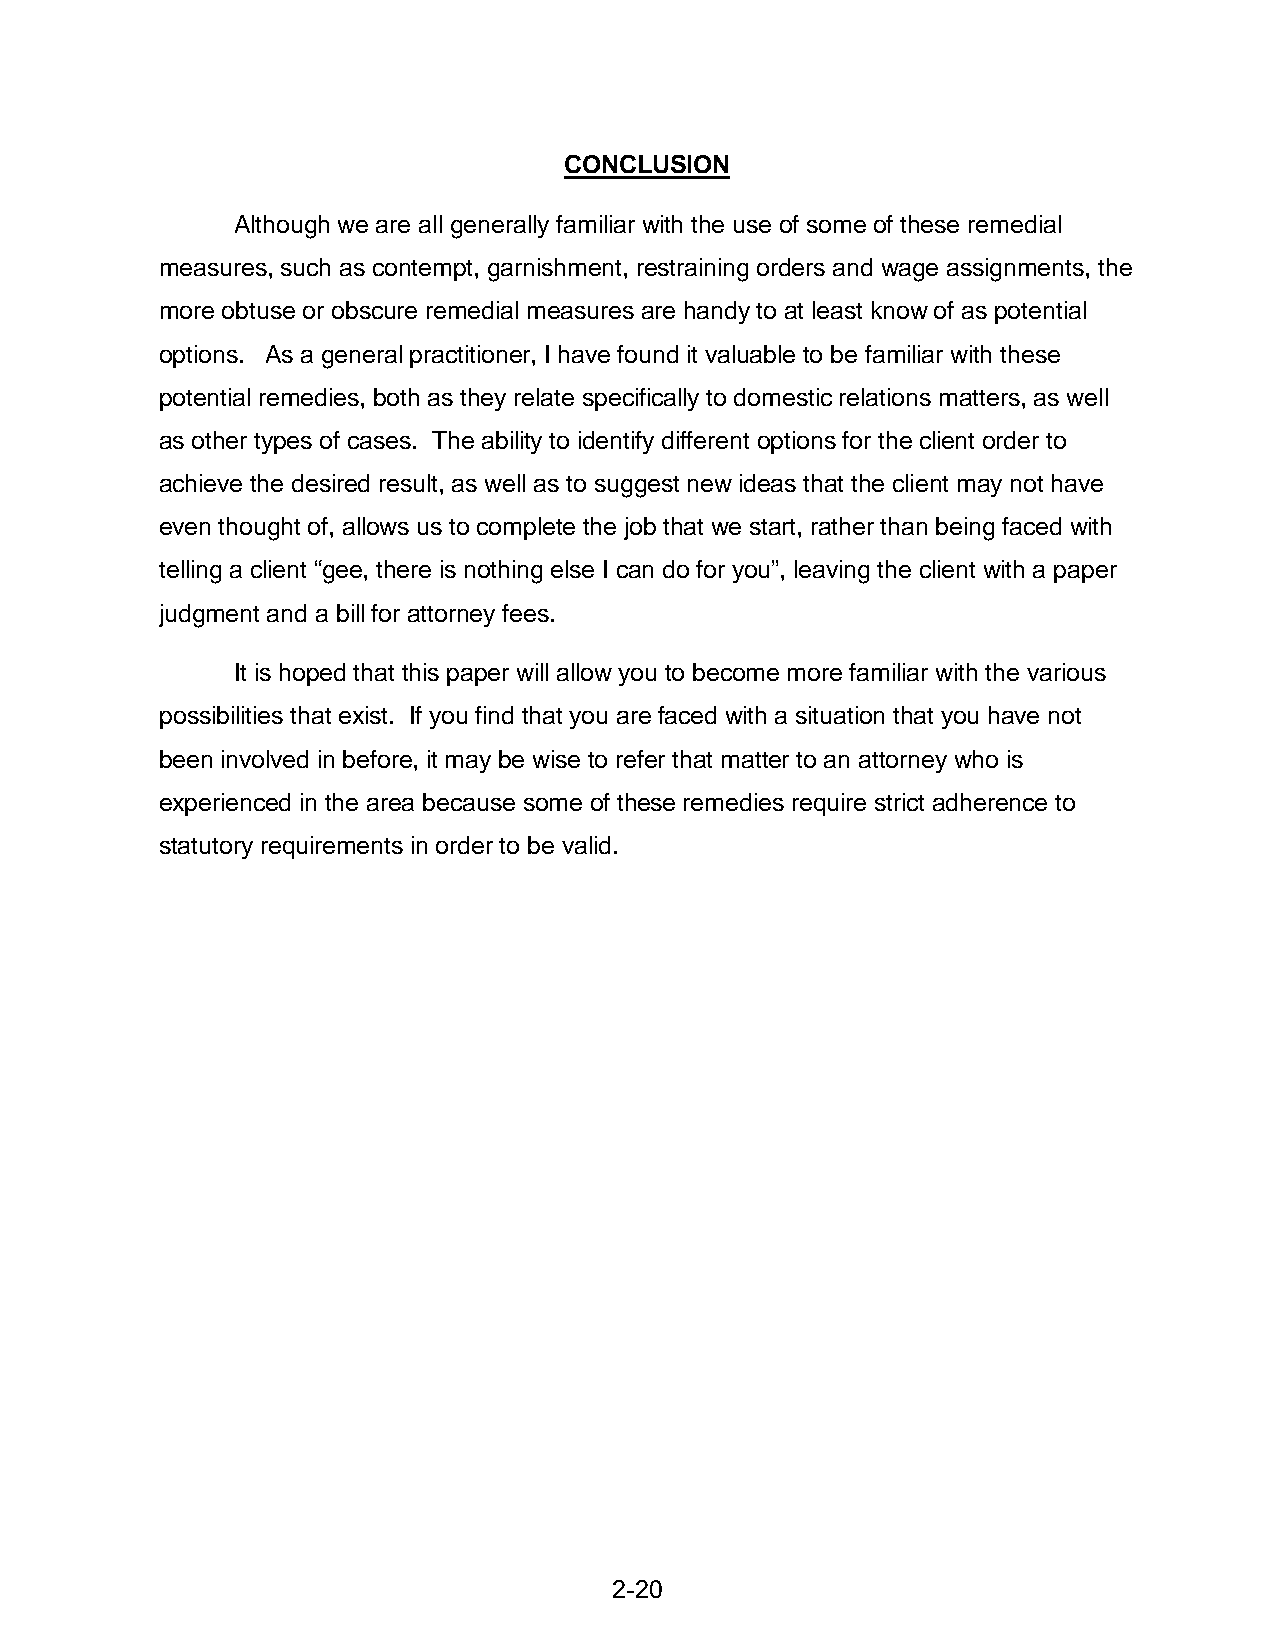
CONCLUSION
 Although we are all generally familiar with the use of some of these remedial
 measures, such as contempt, garnishment, restraining orders and wage assignments, the
 more obtuse or obscure remedial measures are handy to at least know of as potential
 options. As a general practitioner, I have found it valuable to be familiar with these
 potential remedies, both as they relate specifically to domestic relations matters, as well
 as other types of cases. The ability to identify different options for the client order to
 achieve the desired result, as well as to suggest new ideas that the client may not have
 even thought of, allows us to complete the job that we start, rather than being faced with
 telling a client “gee, there is nothing else I can do for you”, leaving the client with a paper
 judgment and a bill for attorney fees.
 It is hoped that this paper will allow you to become more familiar with the various
 possibilities that exist. If you find that you are faced with a situation that you have not
 been involved in before, it may be wise to refer that matter to an attorney who is
 experienced in the area because some of these remedies require strict adherence to
 statutory requirements in order to be valid.
 2-20